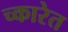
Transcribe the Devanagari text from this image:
च्कारेत